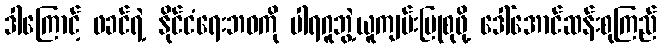
ဒါကြောင့် ဖခင်ရဲ့ နိုင်ငံရေးဘဝကို ပါရဂူဘွဲ့ယူကျမ်းပြုစုဖို့ ဒေါ်အောင်ဆန်းစုကြည်